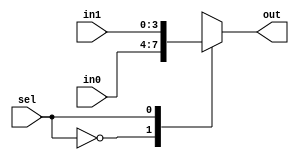
module mux4b_2_to_1(in0,in1,sel,out);
input [3:0] in0,in1;
input  sel;
output [3:0] out;
reg [3:0] out;
always @(sel or in0 or in1)
begin
   case(sel)
    1'b0: out=in0;
    1'b1: out=in1;
   endcase
end
endmodule